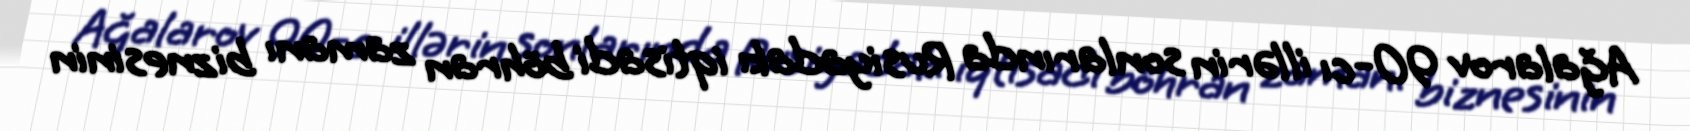
Ağalarov 90-cı illərin sonlarında Rusiyadakı iqtisadi böhran zamanı biznesinin